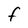
Character: F